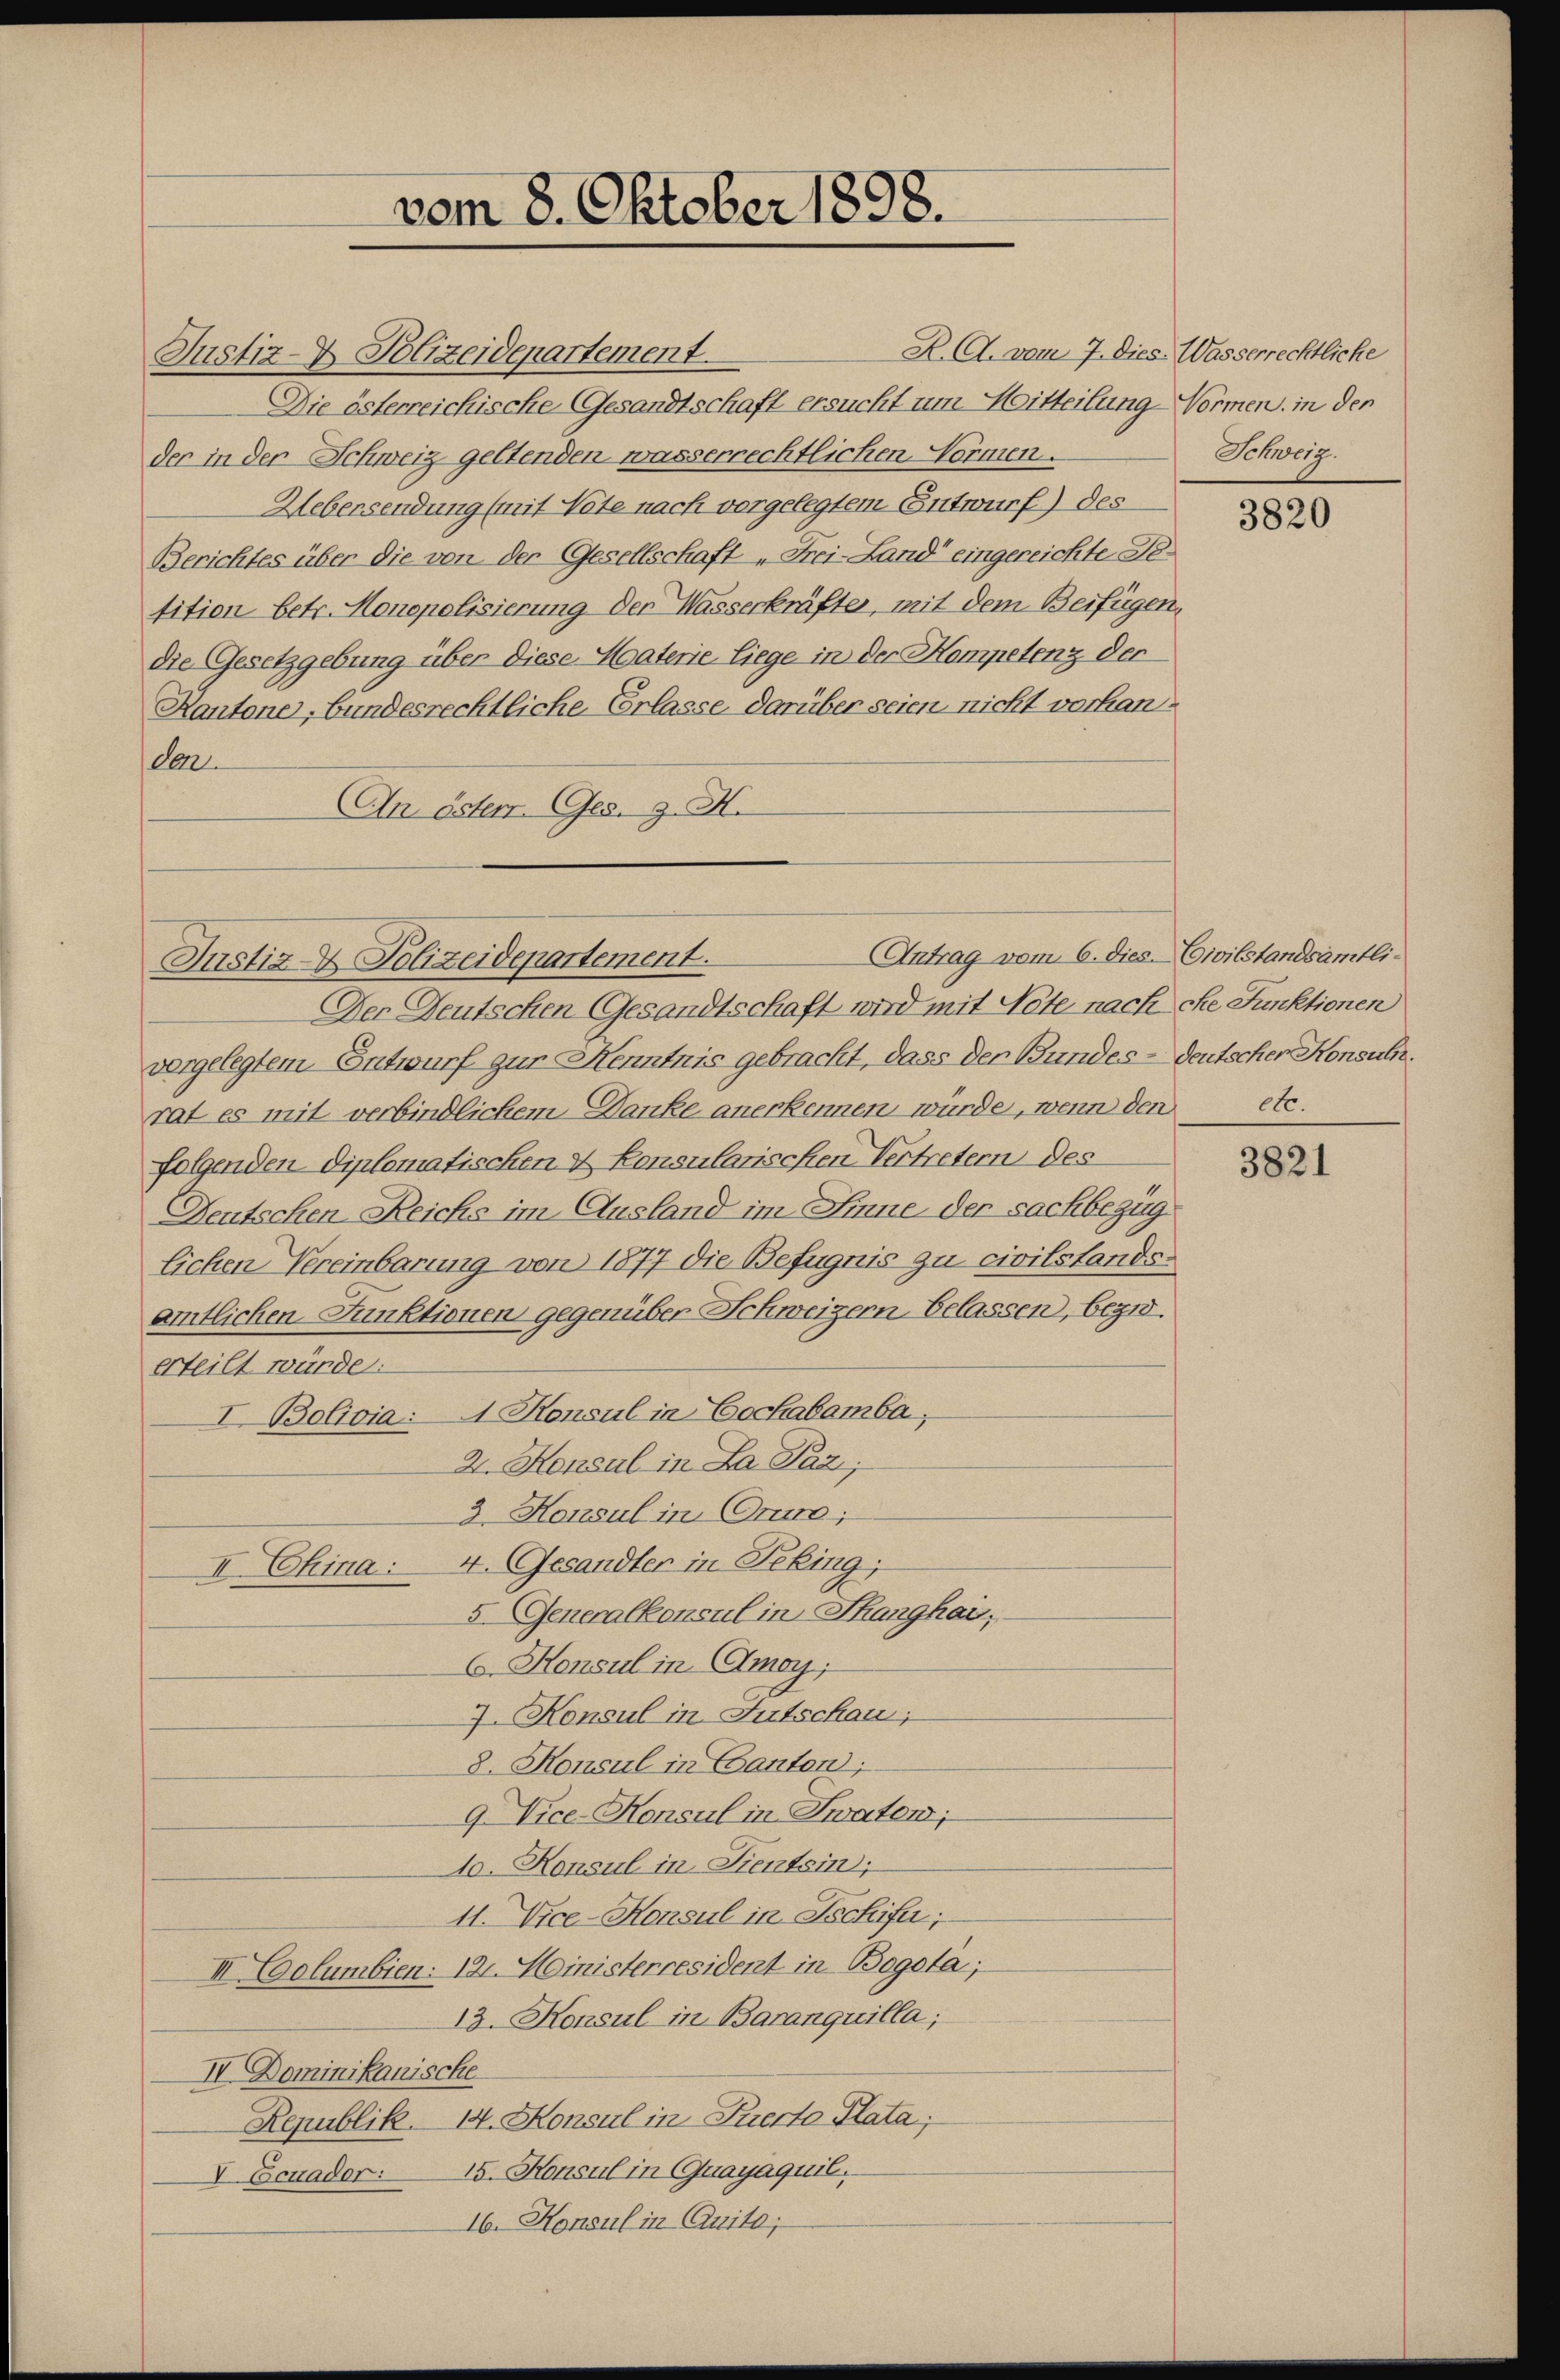
vom 8. Oktober 1898.

Justiz- & Polizeidepartement.
Die österreichische Gesandtschaft ersucht um Mitteilung Normen, in der
der in der Schweiz geltenden wasserrechtlichen Normen.
Uebersendung (mit Note nach vorgelegtem Entwurf) des
Berichtes über die von der Gesellschaft „Frei-Land“ eingereichte Getition betr. Monopolisierung der Wasserkräfter, mit dem Beifügen,
die Gesetzgebung über diese Materie liege in der Kompetenz der
Kantone, bundesrechtliche Erlasse darüber seien nicht vorhande
An öster. Ges. g. H.

Antrag vom 6. dies Civilstandsämtli¬
Justiz & Polizeidepartement.

R. A. vom 7. Dies. Wasserrechtliche
Schweiz.

Der Deutschen Gesandtschaft wird mit Note nach che Funktionen
vergelegtem Entwurf zur Kenntnis gebracht, dass der Bundes - deutscher Konsule.
rat es mit verbindlichem Danke anerkennen würde, wenn den
folgenden diplomatischen & Konsularischen Vertretern des
Deutschen Reichs im Ausland im Sinne der sachbezüg
lichen Vereinbarung von 1877 die Befugnis zu civilstandsamtlichen Funktionen gegenüber Schweizern, belassen, begi.
erteilt würde.
I Bolivia: 4. Konsul in Cochabamba,
2. Konsul in La Paz;
3. Honsul in Orin;
II China: 4. Gesandter in Peking;
5. Generalkonsul in Thanghai,
6. Konsul in (Amoy;
7. Konsul in Gutschau,
8. Konsul in Canton;
9. Vice-Konsul in Zwaton;
10. Konsul in Dientsin;
11. Vice-Konsul in Ischifer;
III. Columbien: 121. Ministerresident in Bogota;
13. Konsul in Baranquilla,
IV. Dominikanische
Republik. 14. Konsul in Tuerto Plata;
V Ecuader: 15. Konsul in Quayaquil.
16. Konsul in Quito;

3820

etc.

3821